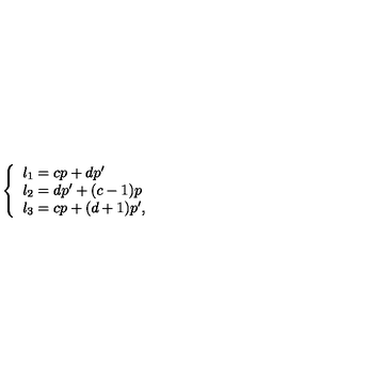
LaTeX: \left\{ \begin{array} { l } { l _ { 1 } = c p + d p ^ { \prime } } \\ { l _ { 2 } = d p ^ { \prime } + ( c - 1 ) p } \\ { l _ { 3 } = c p + ( d + 1 ) p ^ { \prime } , } \\ \end{array} \right.